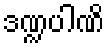
ဒဏ္ဍပါဏိ